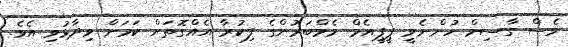
ވެސް ގާސިމް ހުންނެވީ ޕީޕީއެމް މެމްބަރުންގެ ފިކުރާ އެއްގޮތަށް ކަމަށް ވިދާޅުވި އެވެ.